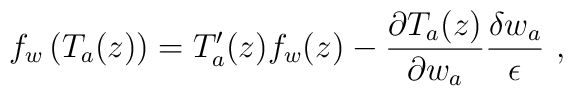
f_w\left( T_a(z)\right) =T'_a(z)f_w(z) -\frac{\partial T_a(z)}{\partial w_a} \frac{\delta w_a}{\epsilon }\ ,